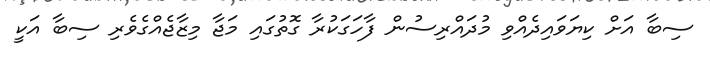
ސިބާ އަށް ކިޔަވައިދެއްވި މުދައްރިސުން ފާހަގަކުރާ ގޮތުގައި މަޖާ މިޒާޖެއްގެވެރި ސިބާ އަކީ